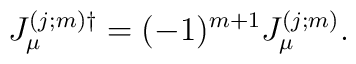
J_{\mu}^{(j;m) \dag}=(-1)^{m+1}J_{\mu}^{(j;m)}.